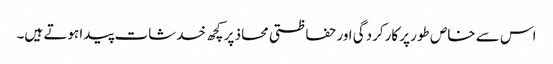
اس سے خاص طور پر کارکردگی اور حفاظتی محاذ پر کچھ خدشات پیدا ہوتے ہیں۔